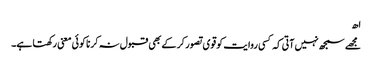
اھ
مجھے سمجھ نہیں آتی کہ کسی روایت کو قوی تصور کر کے بھی قبول نہ کرنا کوئی معنی رکھتا ہے۔